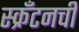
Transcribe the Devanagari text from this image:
स्क्रँटनची